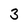
Character: 3